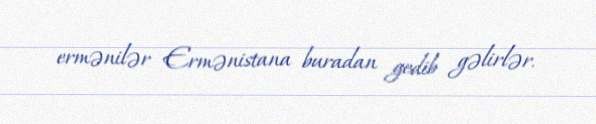
ermənilər Ermənistana buradan gedib gəlirlər.